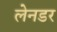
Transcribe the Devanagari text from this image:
लेनडर